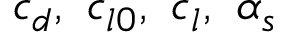
c _ { d } , ~ c _ { l 0 } , ~ c _ { l } , ~ \alpha _ { s }